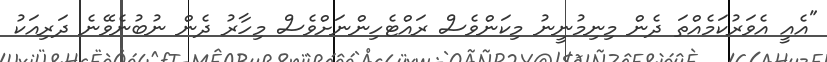
"އެއީ އެވަރުކަމެއްތަ ދެން މިނިމުނީނު މިކަންވެސް ރައްޓެހިންނަށްވެސް މިހާރު ދެން ނުބުނެވޭނެ ދަރިއަކު